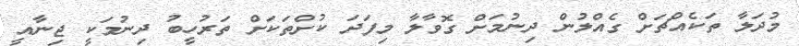
މުދަލާ ތަކެއްޗަށް ގެއްލުން ދިނުމަށް ގޮވާލާ މިފަދަ ކުށްތަކަށް ތަރުހީބު ދިނުމަކީ ޖިނާއީ